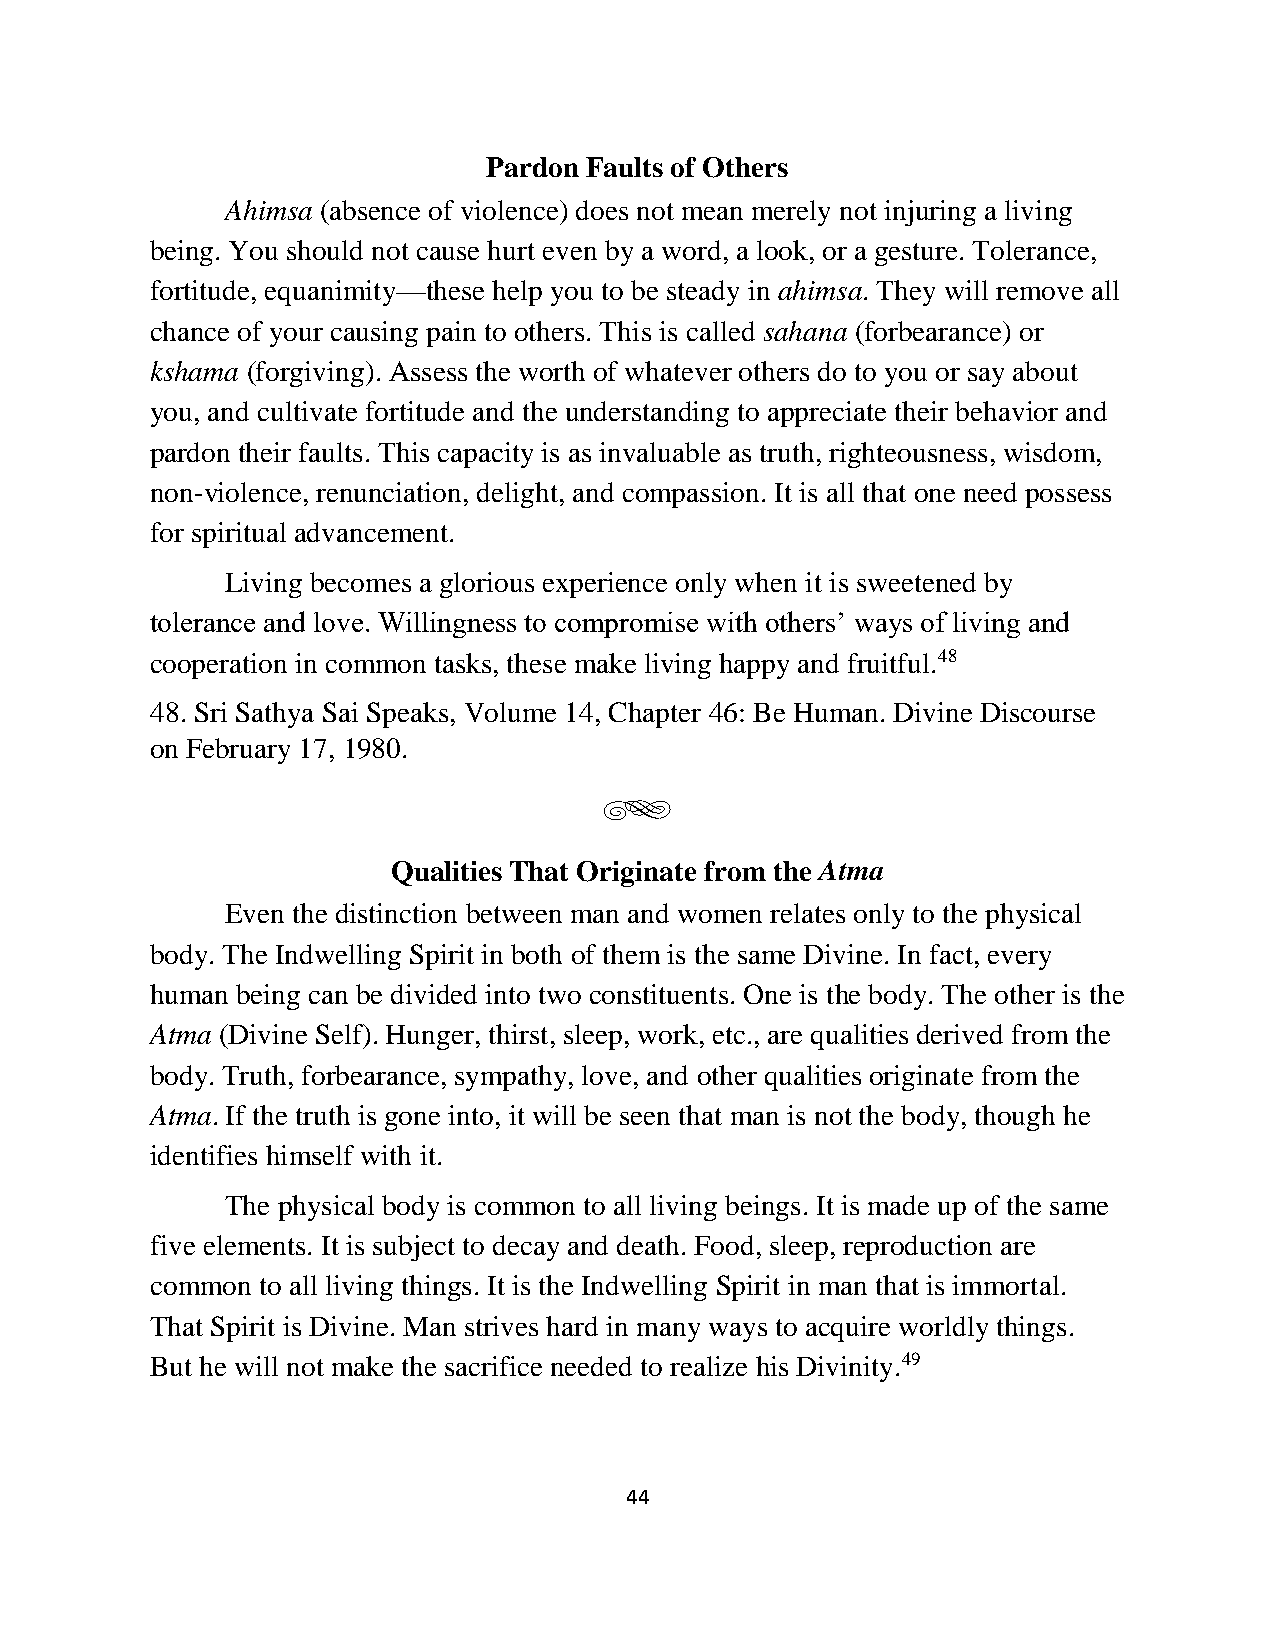
Pardon Faults of Others
 Ahimsa (absence of violence) does not mean merely not injuring a living
 being. You should not cause hurt even by a word, a look, or a gesture. Tolerance,
 fortitude, equanimity—these help you to be steady in ahimsa. They will remove all
 chance of your causing pain to others. This is called sahana (forbearance) or
 kshama (forgiving). Assess the worth of whatever others do to you or say about
 you, and cultivate fortitude and the understanding to appreciate their behavior and
 pardon their faults. This capacity is as invaluable as truth, righteousness, wisdom,
 non-violence, renunciation, delight, and compassion. It is all that one need possess
 for spiritual advancement.
 Living becomes a glorious experience only when it is sweetened by
 tolerance and love. Willingness to compromise with others’ ways of living and
 cooperation in common tasks, these make living happy and fruitful.48
 48. Sri Sathya Sai Speaks, Volume 14, Chapter 46: Be Human. Divine Discourse
 on February 17, 1980.
 g
 Qualities That Originate from the Atma
 Even the distinction between man and women relates only to the physical
 body. The Indwelling Spirit in both of them is the same Divine. In fact, every
 human being can be divided into two constituents. One is the body. The other is the
 Atma (Divine Self). Hunger, thirst, sleep, work, etc., are qualities derived from the
 body. Truth, forbearance, sympathy, love, and other qualities originate from the
 Atma. If the truth is gone into, it will be seen that man is not the body, though he
 identifies himself with it.
 The physical body is common to all living beings. It is made up of the same
 five elements. It is subject to decay and death. Food, sleep, reproduction are
 common to all living things. It is the Indwelling Spirit in man that is immortal.
 That Spirit is Divine. Man strives hard in many ways to acquire worldly things.
 But he will not make the sacrifice needed to realize his Divinity.49
 44